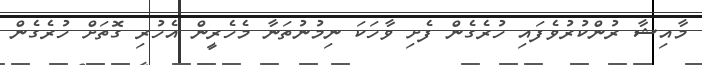
މާއިޝާ ރުންކުރުވެފައި ހުރެގެން ފެށި ވާހަކަ ނިމުނުތަނާ މެހެރީން އެހުރި ގޮތަށް ހުރެގެން